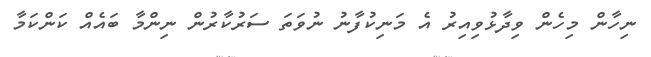
ނިހާން މިހެން ވިދާޅުވިއިރު އެ މަނިކުފާނު ނުވަތަ ސަރުކާރުން ނިންމާ ބައެއް ކަންކަމާ